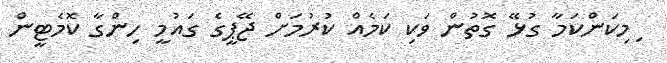
ިމިކަންކަމާ ގުޅޭ ގޮތުން ވަކި ކަމެއް ކުރުމަށް ޖޭޕީގެ ގައުމީ ހިންގާ ކޮމެޓީން